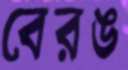
বেরঙ